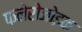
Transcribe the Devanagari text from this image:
फनेरोजोइक